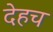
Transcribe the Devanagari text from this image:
देहच